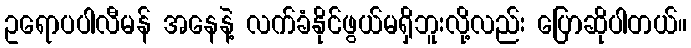
ဥရောပပါလီမန် အနေနဲ့ လက်ခံနိုင်ဖွယ်မရှိဘူးလို့လည်း ပြောဆိုပါတယ်။